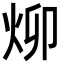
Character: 㶯